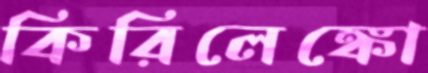
কিরিলেঙ্কো